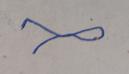
Signature authenticity: forged